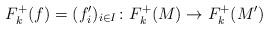
LaTeX: \begin{align*} F_k^+(f) = (f_i')_{i\in I} \colon F_k^+(M) \rightarrow F_k^+(M')\end{align*}